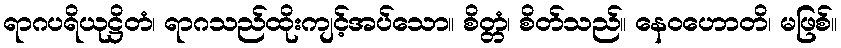
ရာဂပရိယုဋ္ဌိတံ၊ ရာဂသည်ထိုးကျင့်အပ်သော။ စိတ္တံ၊ စိတ်သည်။ နေဝဟောတိ၊ မဖြစ်။